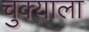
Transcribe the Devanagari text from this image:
चुक्याला